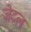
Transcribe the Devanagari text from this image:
ज़ेटल